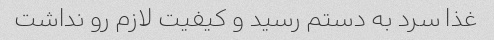
غذا سرد به دستم رسید و کیفیت لازم رو نداشت